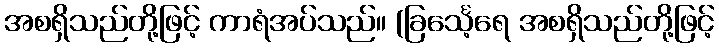
အစရှိသည်တို့ဖြင့် ကာရံအပ်သည်။ (ခြင်္သေ့ရေ အစရှိသည်တို့ဖြင့်